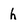
Character: h